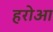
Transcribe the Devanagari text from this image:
हरोआ